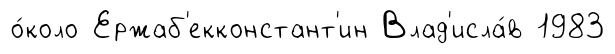
о́коло Ержаб'екконстант'ин Влад'исла́в 1983